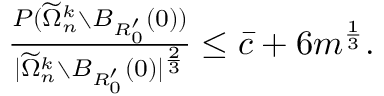
\begin{array} { r } { \frac { P ( \widetilde \Omega _ { n } ^ { k } \setminus B _ { R _ { 0 } ^ { \prime } } ( 0 ) ) } { | \widetilde \Omega _ { n } ^ { k } \setminus B _ { R _ { 0 } ^ { \prime } } ( 0 ) | ^ { \frac 2 3 } } \le \bar { c } + 6 m ^ { \frac 1 3 } . } \end{array}